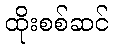
ထိုးစစ်ဆင်